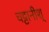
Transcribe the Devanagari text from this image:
चट्टानीश्